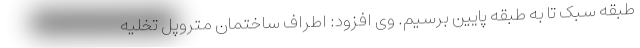
طبقه سبک تا به طبقه پایین برسیم. وی افزود: اطراف ساختمان متروپل تخلیه